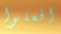
افعلوا